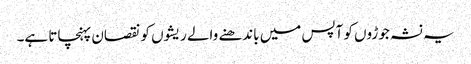
یہ نشہ جوڑوں کو آپس میں باندھنے والے ریشوں کو نقصان پہنچاتا ہے۔